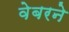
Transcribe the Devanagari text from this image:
वेबरने